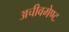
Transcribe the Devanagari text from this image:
अचीवमेण्ट